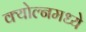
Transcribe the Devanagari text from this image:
क्योल्नमध्ये